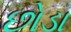
છોડા